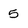
Character: 5